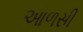
આળસી